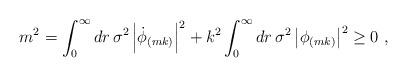
LaTeX: \begin{align*}m^2 = \int_0^\infty dr \, \sigma^2 \left| \dot{\phi}_{(mk)} \right|^2 + k^2 \int_0^\infty dr \, \sigma^2 \left| \phi_{(mk)} \right|^2 \ge 0 ~,\end{align*}